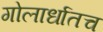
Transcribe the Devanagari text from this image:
गोलार्धातच